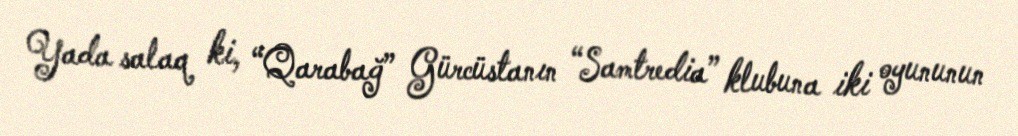
Yada salaq ki, “Qarabağ” Gürcüstanın “Samtredia” klubuna iki oyununun